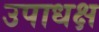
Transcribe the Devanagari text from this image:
उपाधक्ष